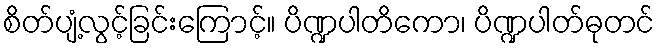
စိတ်ပျံ့လွင့်ခြင်းကြောင့်။ ပိဏ္ဍပါတိကော၊ ပိဏ္ဍပါတ်ဓုတင်